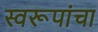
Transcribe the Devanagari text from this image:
स्वरूपांचा